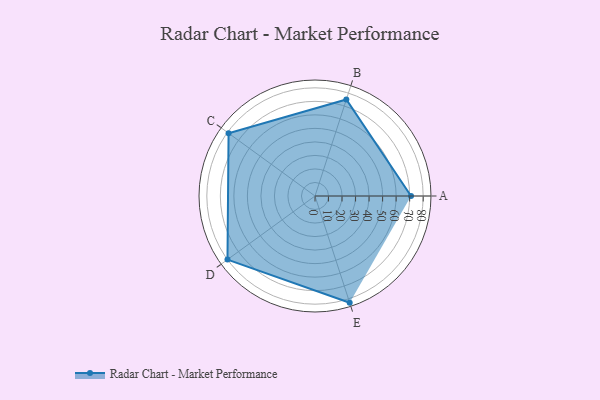
{"axis": {"x": "Skill", "y": "Score"}, "legend": ["Profile"], "data": [{"x": "A", "y": 71.0, "type": "Profile"}, {"x": "B", "y": 75.0, "type": "Profile"}, {"x": "C", "y": 79.0, "type": "Profile"}, {"x": "D", "y": 80.0, "type": "Profile"}, {"x": "E", "y": 83.0, "type": "Profile"}]}